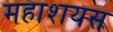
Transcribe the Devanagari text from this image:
महाशयस